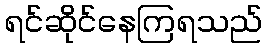
ရင်ဆိုင်နေကြရသည်